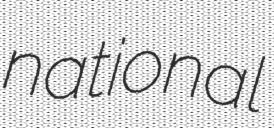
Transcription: national